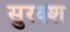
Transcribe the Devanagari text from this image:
सुरक्श